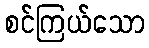
စင်ကြယ်သော